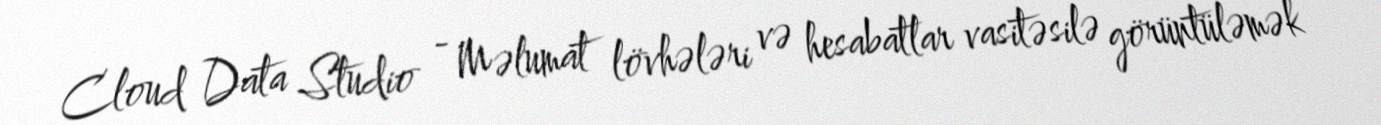
Cloud Data Studio - Məlumat lövhələri və hesabatlar vasitəsilə görüntüləmək